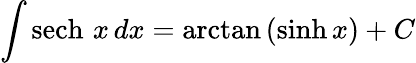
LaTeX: \int\operatorname{sech}\, x\, dx=\arctan\, (\sinh x)+C